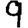
Digit: 9